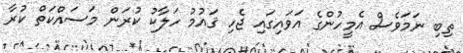
ތިބި ނަމަވެސް އެމީހުންގެ އަވައިގައި ޖެހި ޤައުމު ހަލާކު ކުރަން މަސައްކަތް ކުރާ